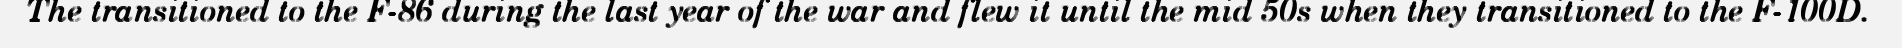
The transitioned to the F-86 during the last year of the war and flew it until the mid 50s when they transitioned to the F-100D.